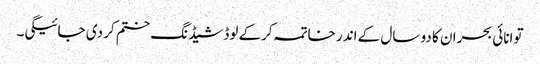
توانائی بحران کا دو سال کے اندر خاتمہ کرکے لوڈشیڈنگ ختم کر دی جائیگی۔